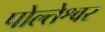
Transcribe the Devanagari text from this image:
पोल्तेश्वर